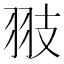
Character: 翄